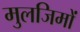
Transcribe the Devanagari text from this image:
मुलजिमों